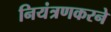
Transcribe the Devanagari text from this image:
नियंत्रणकरने